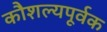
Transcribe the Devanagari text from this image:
कौशल्यपूर्वक